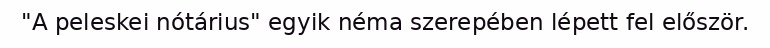
"A peleskei nótárius" egyik néma szerepében lépett fel először.